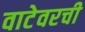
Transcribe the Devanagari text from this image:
वाटेवरची